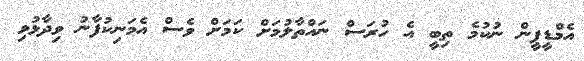
އެމްޑީޕީން ނުކުމެ ތިބީ އެ ހުރަސް ނައްތާލުމަށް ކަމަށް ވެސް އެމަނިކުފާނު ވިދާޅުވި